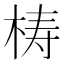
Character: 梼